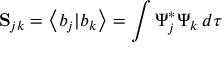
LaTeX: \mathbf { S } _ { j k } = \left\langle b _ { j } | b _ { k } \right\rangle = \int \Psi _ { j } ^ { * } \Psi _ { k } \, d \tau